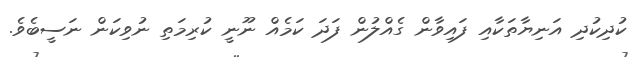
ކުދިކުދި އަނިޔާތަކާއި ފައިވާން ގެއްލުން ފަދަ ކަމެއް ނޫނީ ކުރިމަތި ނުވިކަން ނަސީބެވެ.